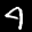
Label: 4